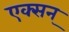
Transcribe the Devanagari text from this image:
एक्सन्